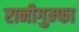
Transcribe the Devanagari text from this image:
रानीगुम्फा